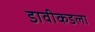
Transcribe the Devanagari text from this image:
डावीकडला